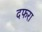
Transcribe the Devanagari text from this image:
दफरा